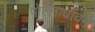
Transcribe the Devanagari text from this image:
पोल्लाधावन